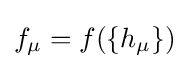
f_{\mu }=f(\{h_{\mu }\})